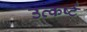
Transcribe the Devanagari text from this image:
उत्कर्ष्ट